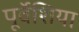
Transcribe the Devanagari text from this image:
पूर्वेशिया